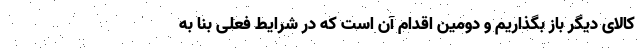
کالای دیگر باز بگذاریم و دومین اقدام آن است که در شرایط فعلی بنا به